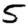
Digit: 5